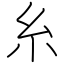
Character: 糸